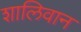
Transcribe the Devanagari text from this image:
शालिवान